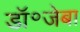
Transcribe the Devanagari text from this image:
डॉ॰जेबा